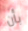
بأن